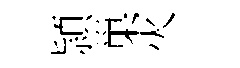
頴巢灭